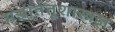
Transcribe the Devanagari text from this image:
मज्जातंतूशास्त्रज्ञ